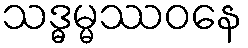
သဒ္ဓမ္မဿဝနေ